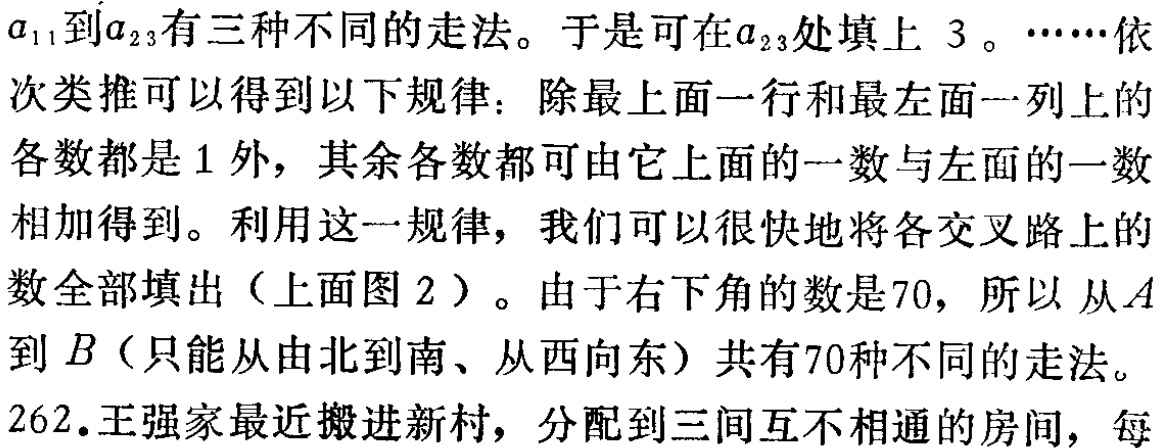
\(a_{11}\)到\(a_{23}\)有三种不同的走法。于是可在\(a_{23}\)处填上 \(3\)。……依次类推可以得到以下规律：除最上面一行和最左面一列上的各数都是\(1\)外，其余各数都可由它上面的一数与左面的一数相加得到。利用这一规律，我们可以很快地将各交叉路上的数全部填出（上面图 \(2\)）。由于右下角的数是\(70\)，所以 从\(A\)到 \(B\)（只能从由北到南、从西向东）共有\(70\)种不同的走法。

262.王强家最近搬进新村，分配到三间互不相通的房间，每